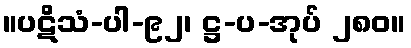
။ပဋိသံ-ပါ-၉၂၊ ဋ္ဌ-ပ-အုပ် ၂၈၀။